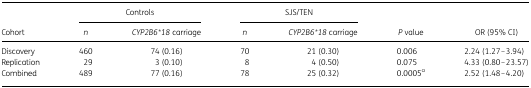
<table><thead><tr><td rowspan="2"><b>Cohort</b></td><td colspan="2"><b>Controls</b></td><td colspan="2"><b>SJS/TEN</b></td><td rowspan="2"><b><i>P</i> value</b></td><td rowspan="2"><b>OR (95% CI)</b></td></tr><tr><td><b><i>n</i></b></td><td><b><i>CYP2B6*18</i> carriage</b></td><td><b><i>n</i></b></td><td><b><i>CYP2B6*18</i> carriage</b></td></tr></thead><tbody><tr><td>Discovery</td><td>460</td><td>74 (0.16)</td><td>70</td><td>21 (0.30)</td><td>0.006</td><td>2.24 (1.27–3.94)</td></tr><tr><td>Replication</td><td>29</td><td>3 (0.10)</td><td>8</td><td>4 (0.50)</td><td>0.075</td><td>4.33 (0.80–23.57)</td></tr><tr><td>Combined</td><td>489</td><td>77 (0.16)</td><td>78</td><td>25 (0.32)</td><td>0.0005<sup>a</sup></td><td>2.52 (1.48–4.20)</td></tr></tbody></table>